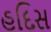
હદિસ